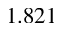
1 . 8 2 1